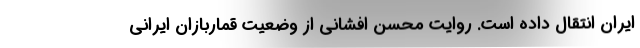
ایران انتقال داده است. روایت محسن افشانی از وضعیت قماربازان ایرانی